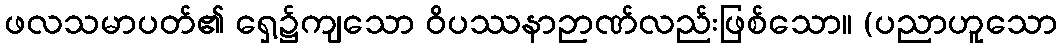
ဖလသမာပတ်၏ ရှေ့၌ကျသော ဝိပဿနာဉာဏ်လည်းဖြစ်သော။ (ပညာဟူသော